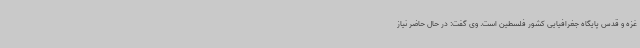
غزه و قدس پایگاه جغرافیایی کشور فلسطین است. وی گفت: در حال حاضر نیاز